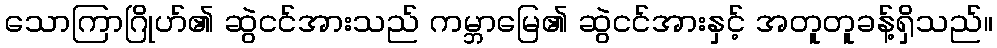
သောကြာဂြိုဟ်၏ ဆွဲငင်အားသည် ကမ္ဘာမြေ၏ ဆွဲငင်အားနှင့် အတူတူခန့်ရှိသည်။